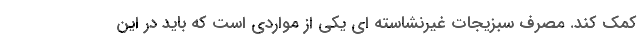
کمک کند. مصرف سبزیجات غیرنشاسته ای یکی از مواردی است که باید در این